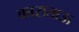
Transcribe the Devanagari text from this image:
काराताऊ